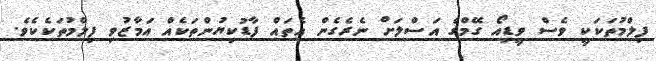
ފިލްމުތަކަކީ ވެސް ވީޑިއޯ ގޭމްގެ އަސްލަށް ނެރެގެން އެތައް ފާޑުކިޔުންތަކެއް އަމާޒުވި ފިލްމުތަކެކެވެ.